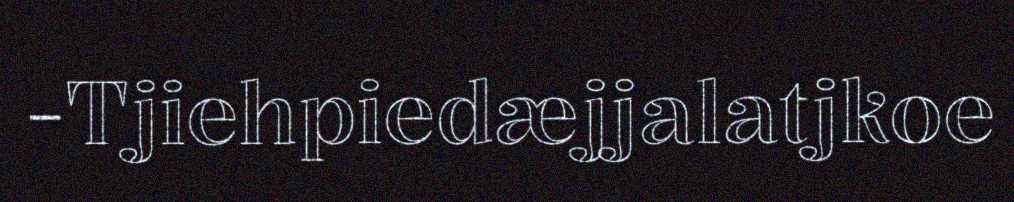
-Tjiehpiedæjjalatjkoe